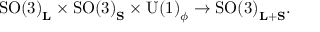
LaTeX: \mathrm { S O ( 3 ) } _ { \bf L } \times \mathrm { S O ( 3 ) } _ { \bf S } \times \mathrm { U ( 1 ) } _ { \phi } \rightarrow \mathrm { S O ( 3 ) } _ { { \bf L } + { \bf S } } .